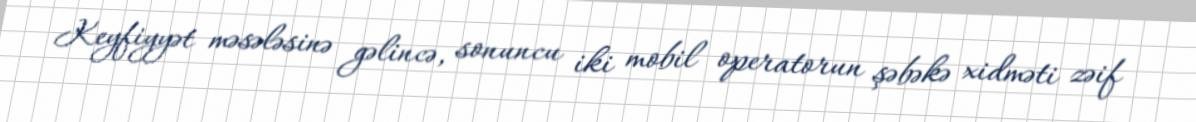
Keyfiyyət məsələsinə gəlincə, sonuncu iki mobil operatorun şəbəkə xidməti zəif